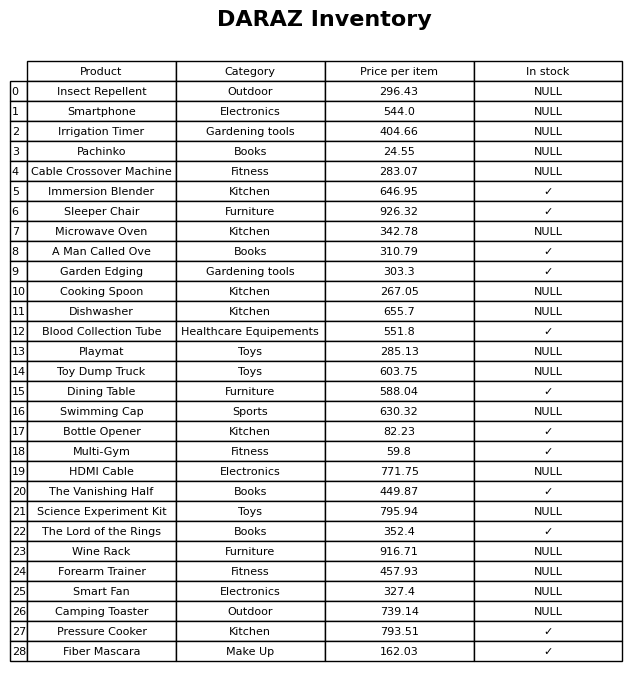
question: Which products are currently out of stock?
answer: Insect Repellent, Smartphone, Irrigation Timer, Pachinko, Cable Crossover Machine, Microwave Oven, Cooking Spoon, Dishwasher, Playmat, Toy Dump Truck, Swimming Cap, HDMI Cable, Science Experiment Kit, Wine Rack, Forearm Trainer, Smart Fan, Camping Toaster